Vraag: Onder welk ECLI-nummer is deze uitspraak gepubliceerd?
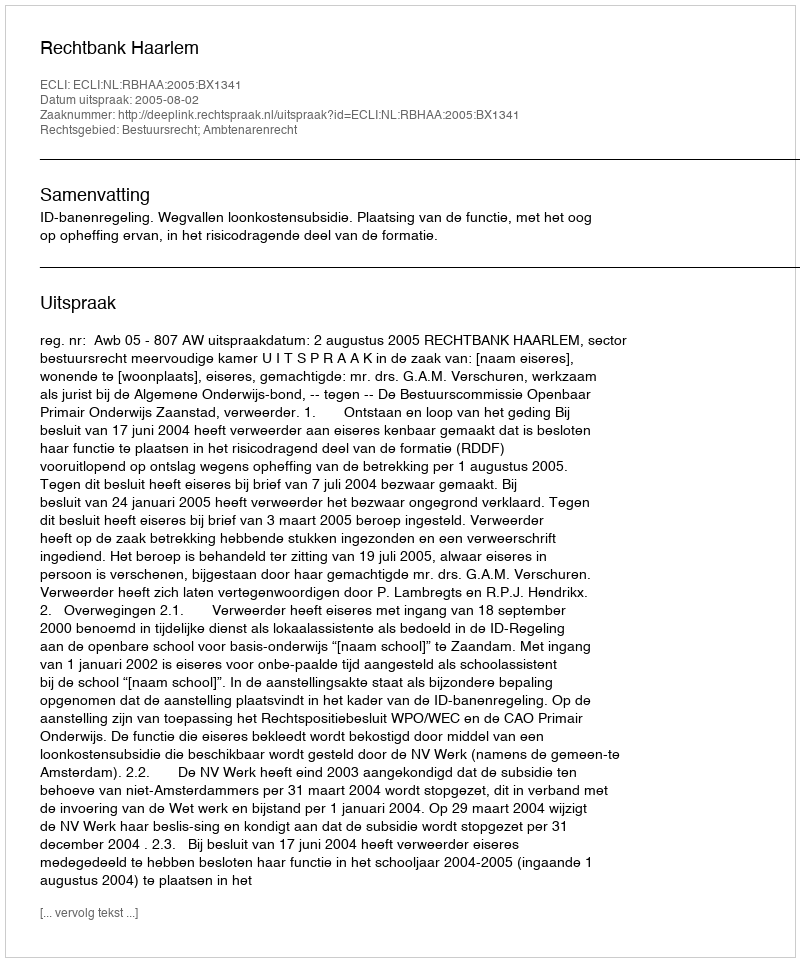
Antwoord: ECLI:NL:RBHAA:2005:BX1341